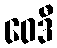
ဝေဒီ